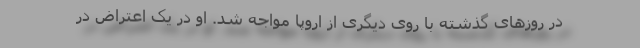
در روزهای گذشته با روی دیگری از اروپا مواجه شد. او در یک اعتراض در